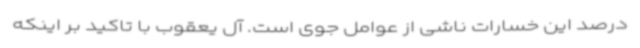
درصد این خسارات ناشی از عوامل جوی است. آل یعقوب با تاکید بر اینکه